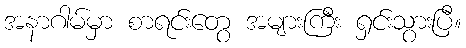
အနာဂါမ်မှာ စာရင်းတွေ အများကြီး ရှင်းသွားပြီ။